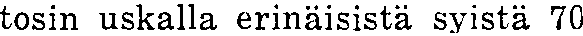
tosin uskalla erinäisistä syistä 70